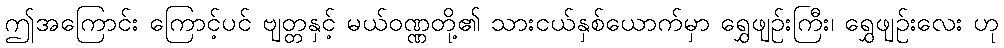
ဤအကြောင်း ကြောင့်ပင် ဗျတ္တနှင့် မယ်ဝဏ္ဏတို့၏ သားငယ်နှစ်ယောက်မှာ ရွှေဖျဉ်းကြီး၊ ရွှေဖျဉ်းလေး ဟု